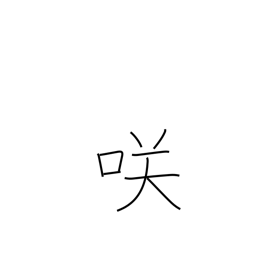
Meaning: blossom